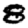
Digit: 8